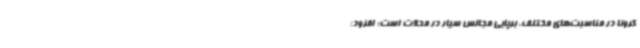
کرونا در مناسبت‌های مختلف، برپایی مجالس سیار در محلات است؛ افزود: